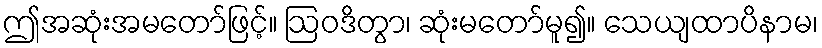
ဤအဆုံးအမတော်ဖြင့်။ ဩဝဒိတွာ၊ ဆုံးမတော်မူ၍။ သေယျထာပိနာမ၊